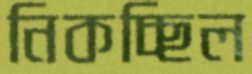
নিকচ্ছিল